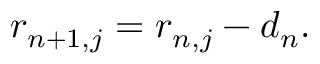
\boldsymbol { r } _ { n + 1 , j } = \boldsymbol { r } _ { n , j } - d _ { n } .